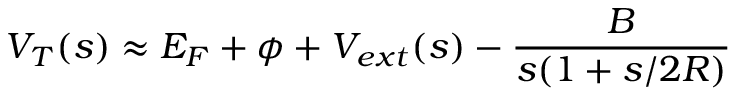
V _ { T } ( s ) \approx { \cal E } _ { F } + \phi + V _ { e x t } ( s ) - \frac { B } { s ( 1 + s / 2 R ) }